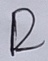
Text: R